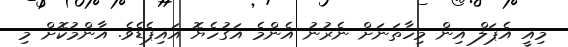
މިއީ އެޕަލް އިން މިހާތަނަށް ނެރުނު އެންމެ އަގުހެޔޮ އައިޕެޑެވެ. އާންމުކޮށް މި